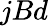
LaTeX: jBd